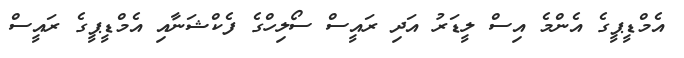
އެމްޑީޕީގެ އެންމެ އިސް ލީޑަރު އަދި ރައީސް ސޯލިހްގެ ފެކްޝަނާއި އެމްޑީޕީގެ ރައީސް